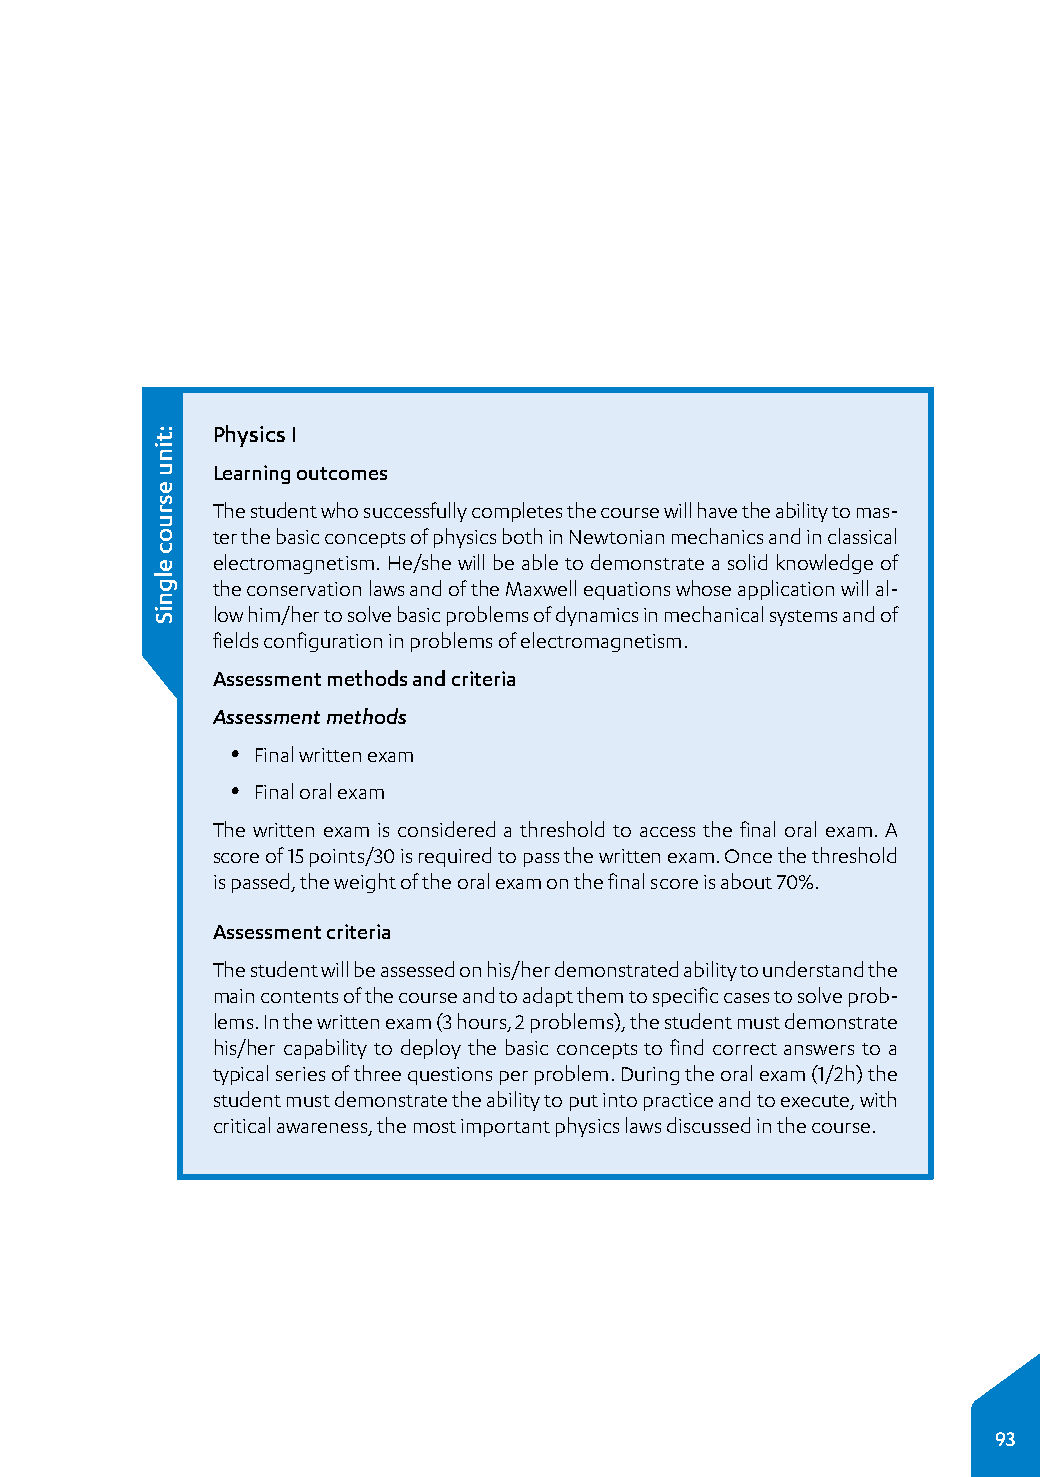
Physics I
 Learning outcomes
 The student who successfully completes the course will have the ability to mas­
 ter the basic concepts of physics both in Newtonian mechanics and in classical
 electromagnetism. He/she will be able to demonstrate a solid knowledge of
 the conservation laws and of the Maxwell equations whose application will al­
 low him/her to solve basic problems of dynamics in mechanical systems and of
 fields configuration in problems of electromagnetism.
 Assessment methods and criteria
 Assessment methods
 y Final written exam
 y Final oral exam
 The written exam is considered a threshold to access the final oral exam. A
 score of 15 points/30 is required to pass the written exam. Once the threshold
 is passed, the weight of the oral exam on the final score is about 70%.
 Assessment criteria
 The student will be assessed on his/her demonstrated ability to understand the
 main contents of the course and to adapt them to specific cases to solve prob­
 lems. In the written exam (3 hours, 2 problems), the student must demonstrate
 his/her capability to deploy the basic concepts to find correct answers to a
 typical series of three questions per problem. During the oral exam (1/2h) the
 student must demonstrate the ability to put into practice and to execute, with
 critical awareness, the most important physics laws discussed in the course.
 93
 :tinu
 esruoc
 elgniS